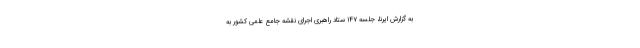
به گزارش ایرنا، جلسه ۱۴۷ ستاد راهبری اجرای نقشه جامع علمی کشور به